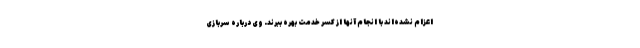
اعزام نشده‌اند با انجام آنها از کسر خدمت بهره ببرند. وی درباره سربازی